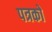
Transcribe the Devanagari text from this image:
पत्रको